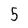
Character: 5